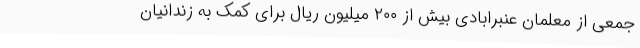
جمعی از معلمان عَنبرابادی بیش از ۲۰۰ میلیون ریال برای کمک به زندانیان